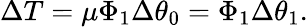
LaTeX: \Delta T=\mu\Phi_{1}\Delta\theta_{0}=\Phi_{1}\Delta\theta_{1}.